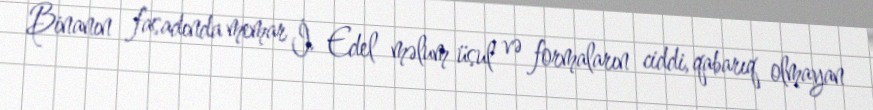
Binanın fasadında memar İ. Edel məlum üsul və formaların ciddi, qabarıq olmayan